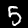
Label: 5